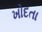
ખોદતા